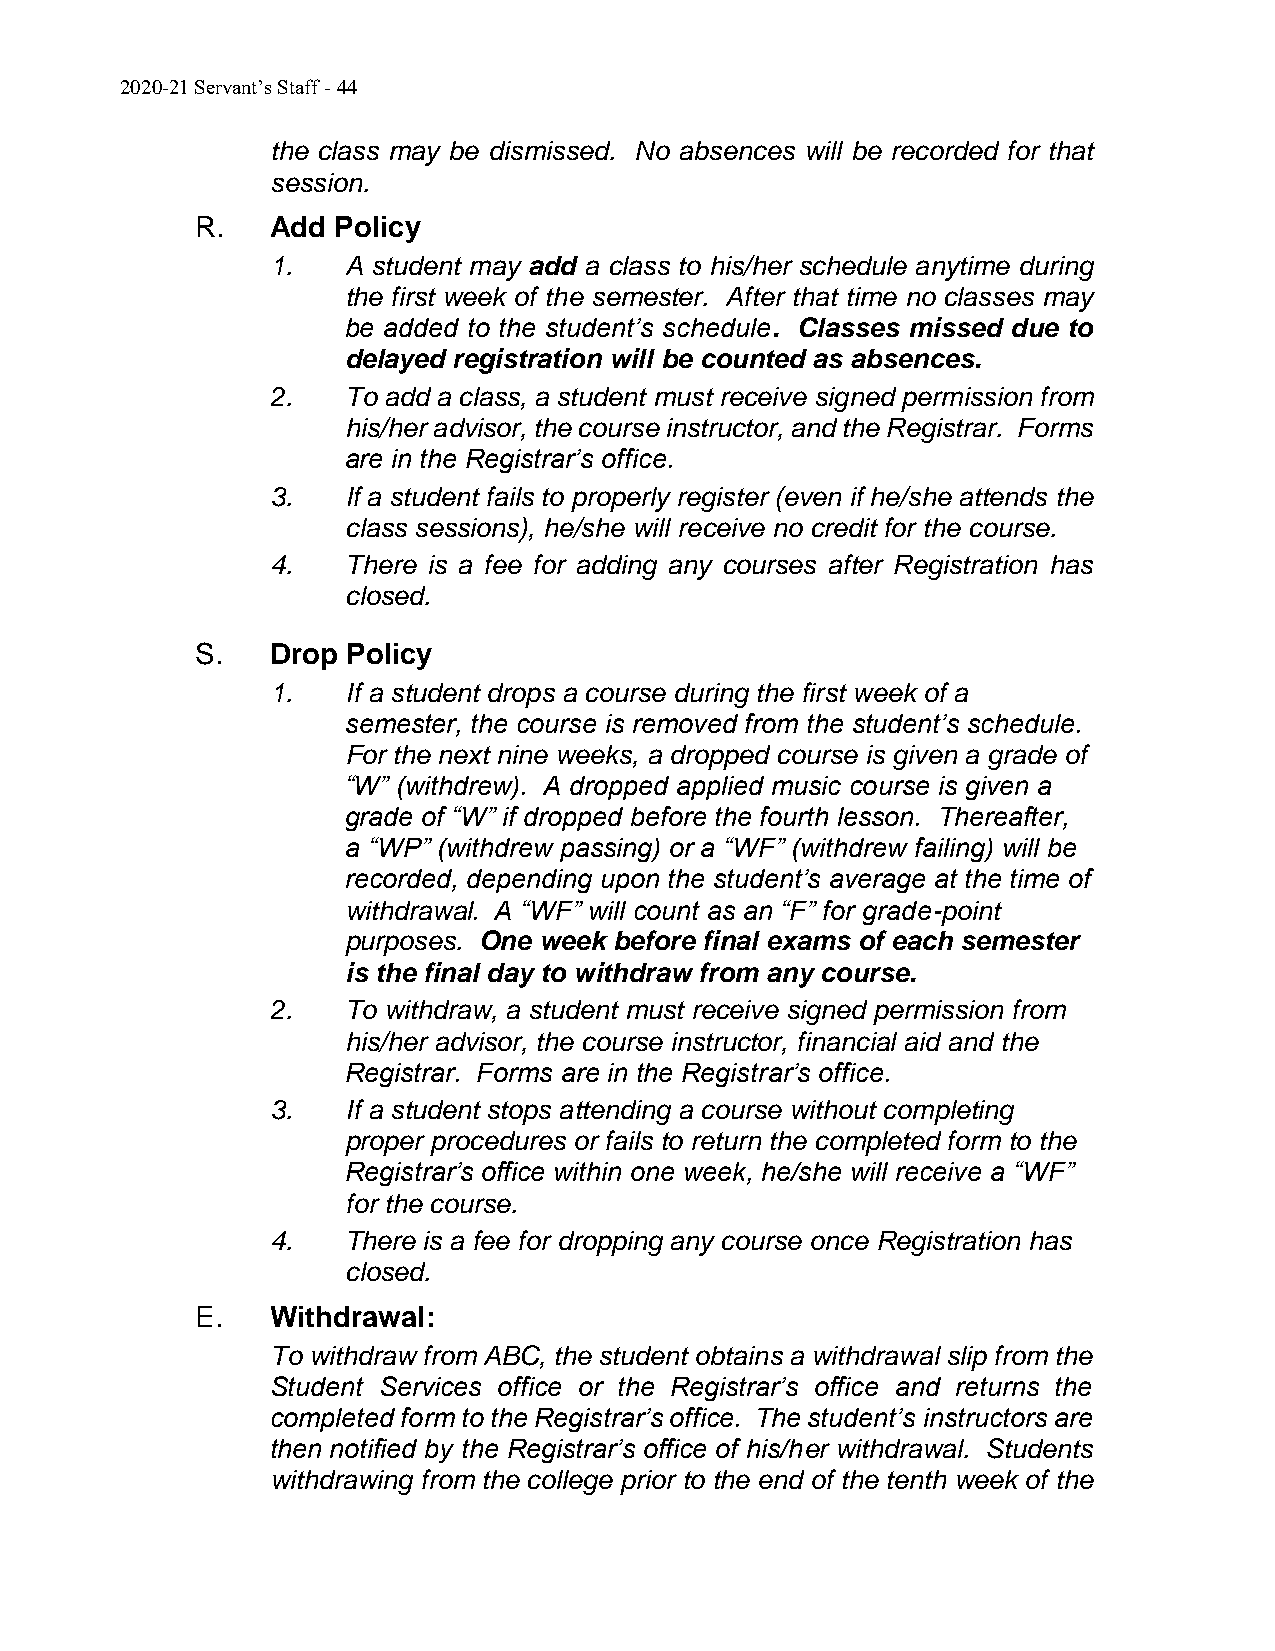
2020-21 Servant’s Staff - 44
 the class may be dismissed. No absences will be recorded for that
 session.
 R.   Add Policy
 1.   A student may add a class to his/her schedule anytime during
 the first week of the semester. After that time no classes may
 be added to the student’s schedule. Classes missed due to
 delayed registration will be counted as absences.
 2.   To add a class, a student must receive signed permission from
 his/her advisor, the course instructor, and the Registrar. Forms
 are in the Registrar’s office.
 3.   If a student fails to properly register (even if he/she attends the
 class sessions), he/she will receive no credit for the course.
 4.   There is a fee for adding any courses after Registration has
 closed.
 S.   Drop Policy
 1.   If a student drops a course during the first week of a
 semester, the course is removed from the student’s schedule.
 For the next nine weeks, a dropped course is given a grade of
 “W” (withdrew). A dropped applied music course is given a
 grade of “W” if dropped before the fourth lesson. Thereafter,
 a “WP” (withdrew passing) or a “WF” (withdrew failing) will be
 recorded, depending upon the student’s average at the time of
 withdrawal. A “WF” will count as an “F” for grade-point
 purposes. One week before final exams of each semester
 is the final day to withdraw from any course.
 2.   To withdraw, a student must receive signed permission from
 his/her advisor, the course instructor, financial aid and the
 Registrar. Forms are in the Registrar’s office.
 3.   If a student stops attending a course without completing
 proper procedures or fails to return the completed form to the
 Registrar’s office within one week, he/she will receive a “WF”
 for the course.
 4.   There is a fee for dropping any course once Registration has
 closed.
 E.   Withdrawal:
 To withdraw from ABC, the student obtains a withdrawal slip from the
 Student Services office or the Registrar’s office and returns the
 completed form to the Registrar’s office. The student’s instructors are
 then notified by the Registrar’s office of his/her withdrawal. Students
 withdrawing from the college prior to the end of the tenth week of the